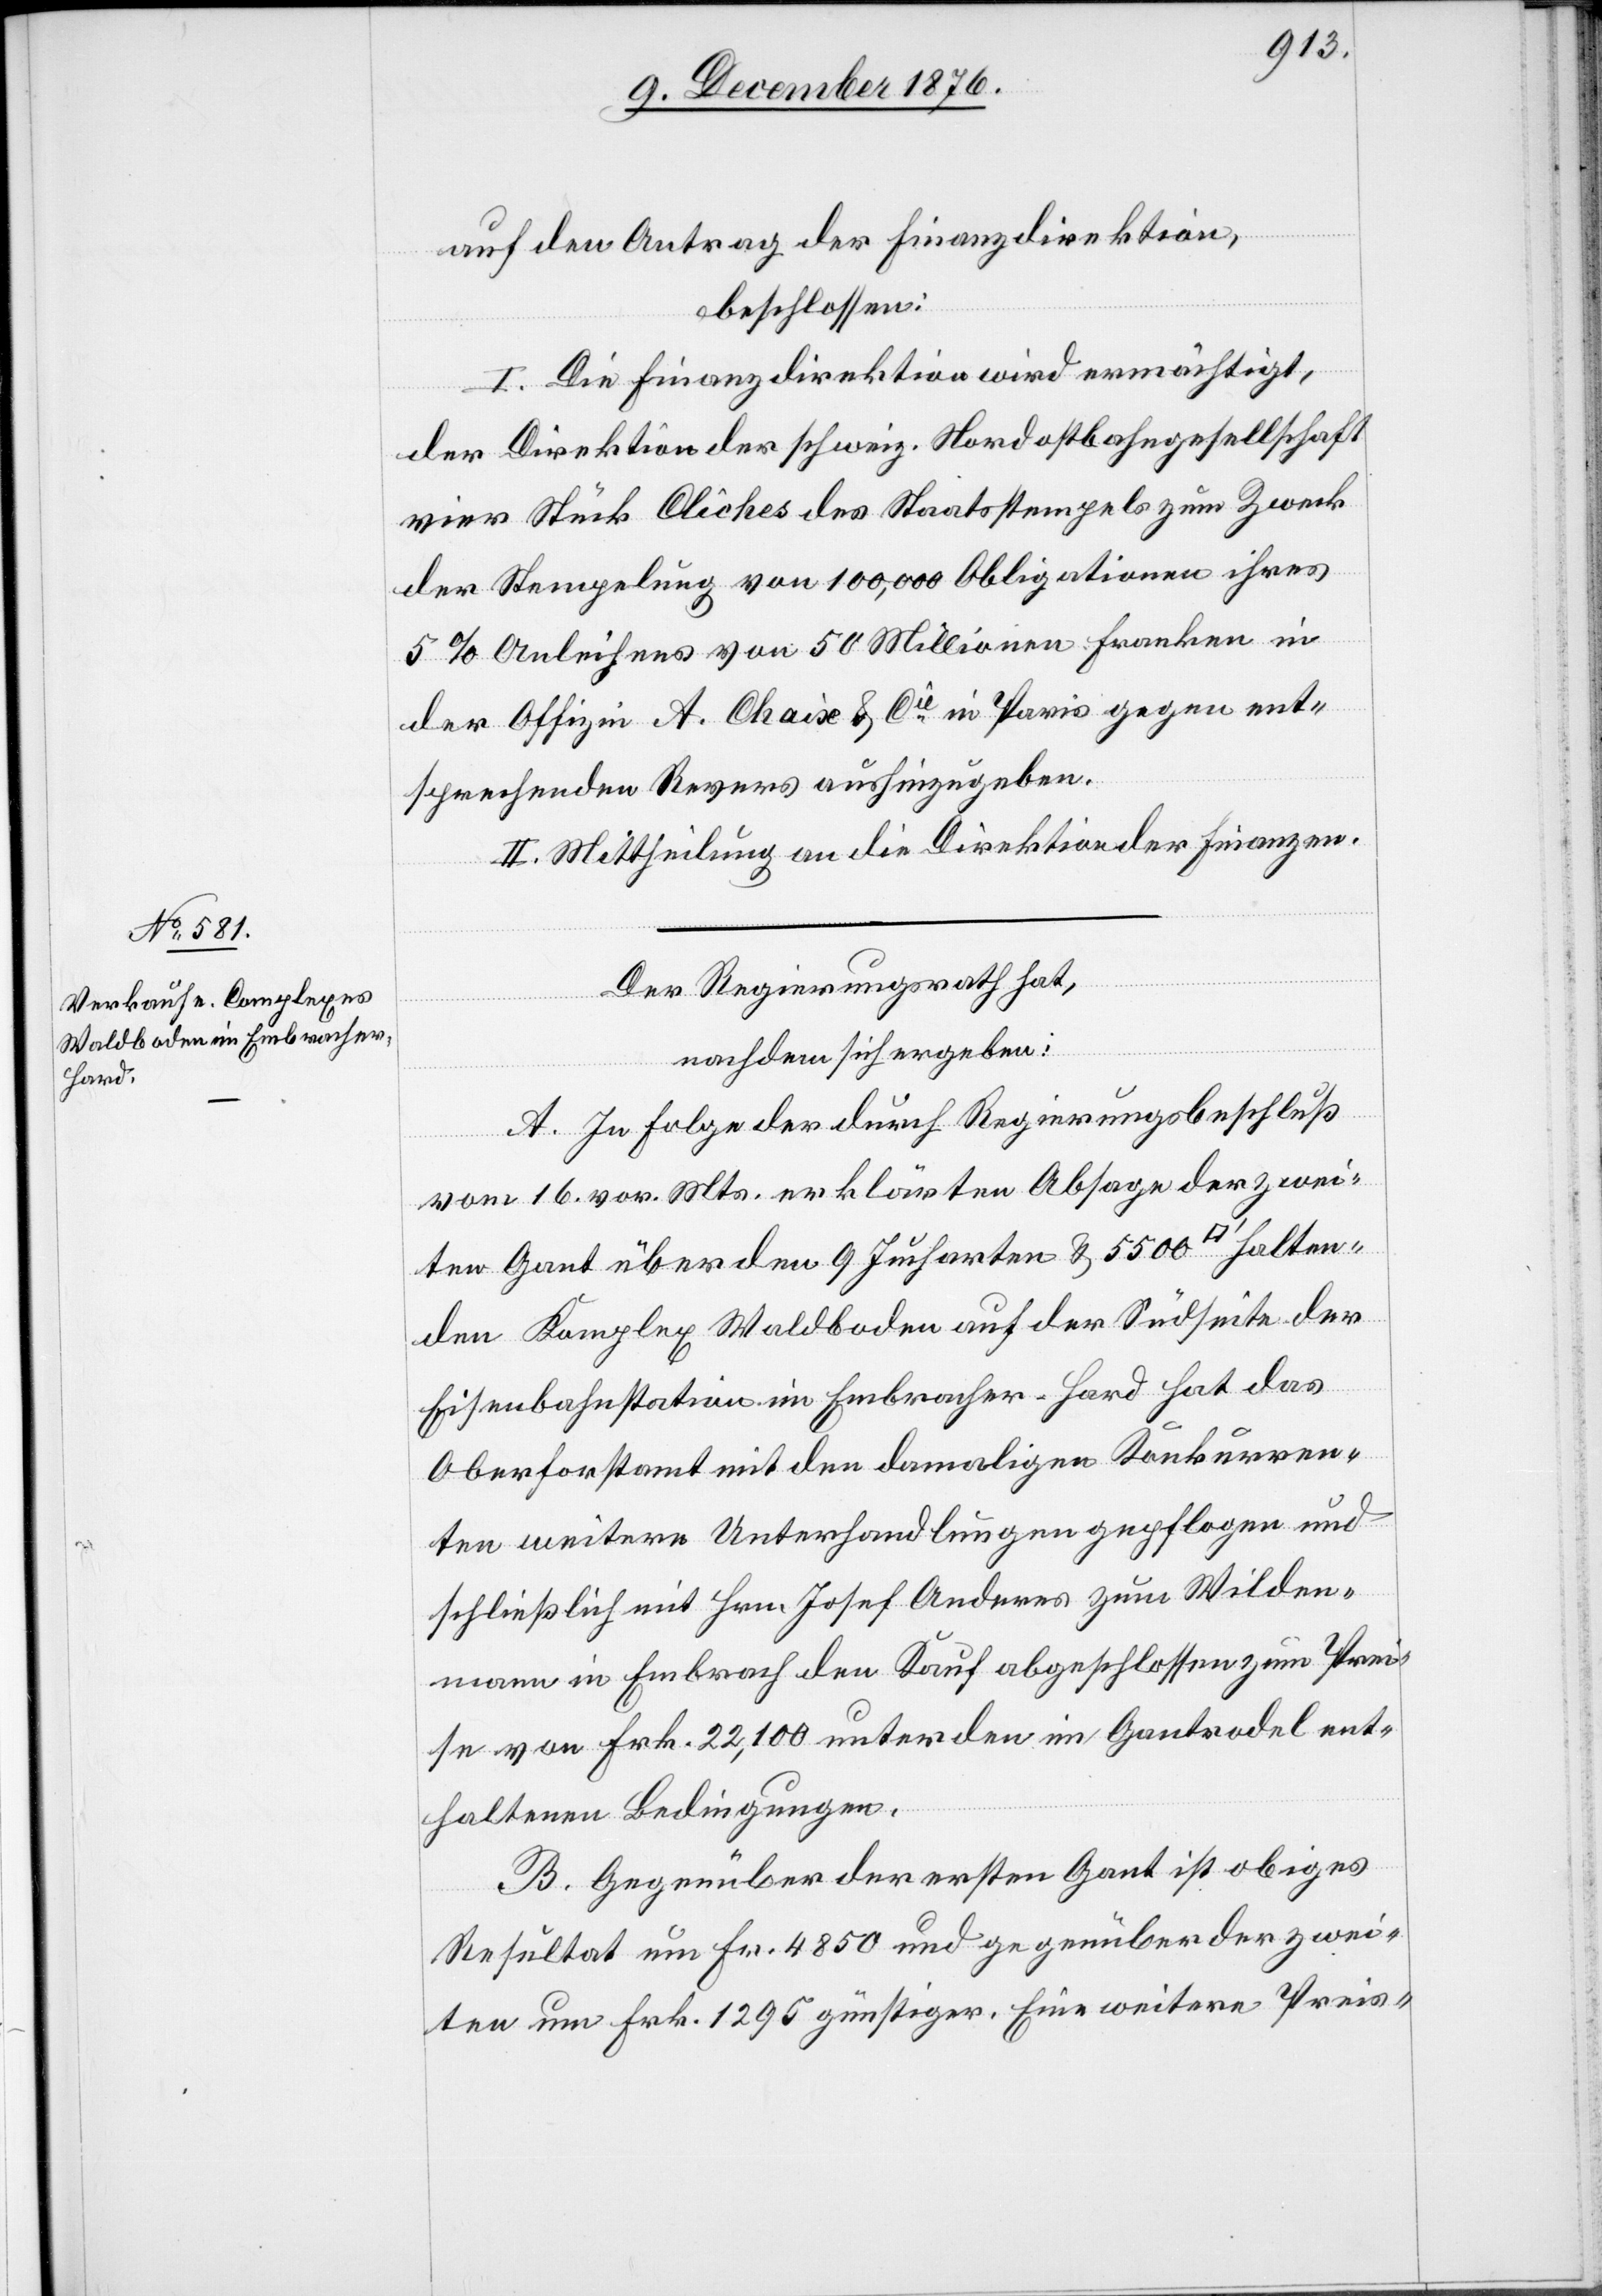
halten¬
auf den Antrag der Finanzdirektion,
beschlossen:
I. Die Finanzdirektion wird ermächtigt,
der Direktion der schweiz. Nordostbahngesellschaft
vier Stück Cliches des Staatsstempels zum Zweck
der Stempelung von 100,000 Obligationen ihres
5% Anleihens von 50 Millionen Franken in
der Offizie A. Chaix & Cie in Paris gegen ent¬
sprechendes Revers aushinzugeben.
II. Mittheilung an die Direktion der Finanzen.
Der Regierungsrath hat,
nachdem sich ergeben:
A. In Folge der durch Regierungsbeschluß
vom 16. vor. Mts. erklärten Absage der zwei¬
ten Gant über den 9 Jucharten & 5500 [Quadratfuß]
den Komplex Waldboden auf der Südseite der
Eisenbahnstation im Embracher-Hard hat das
Oberforstamt mit den damaligen Konkurren¬
ten weitere Unterhandlungen gepflogen und
schließlich mit Hrn. Josef Anderes zum Wilden¬
mann in Embrach den Kauf angeschlossen zum Prei¬
se von Frk. 22,100 unter den im Gantrodel ent¬
haltenen Bedingungen.
B. Gegenüber der ersten Gant ist obiges
Resultat um Fr. 4850 und gegenüber der zwei¬
ten um Frk. 1295 günstiger. Eine weitere Preis-